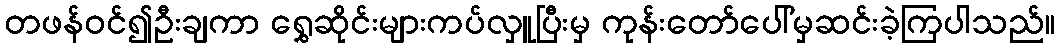
တဖန်ဝင်၍ဦးချကာ ရွှေဆိုင်းများကပ်လှူပြီးမှ ကုန်းတော်ပေါ်မှဆင်းခဲ့ကြပါသည်။